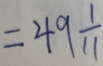
= 4 9 \frac { 1 } { 1 1 }